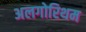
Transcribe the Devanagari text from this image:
अलगोरिथम